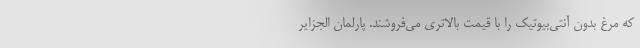
که مرغ بدون آنتی‌بیوتیک را با قیمت بالاتری می‌فروشند. پارلمان الجزایر